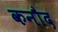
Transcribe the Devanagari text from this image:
कनौद